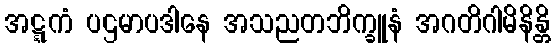
အဋ္ဋကံ ပဌမာပဒါနေ အသညတဘိက္ခူနံ အဂတိဂါမိနိန္တိ